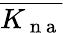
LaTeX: \overline{{K_{\mathrm{~n~a~}}}}